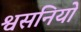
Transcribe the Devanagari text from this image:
श्वसनियों